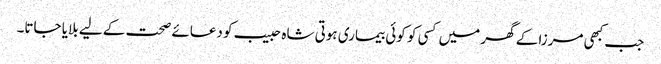
جب کبھی مرزا کے گھر میں کسی کو کوئی بیماری ہوتی شاہ حبیب کو دعائے صحت کے لیے بلایا جاتا۔